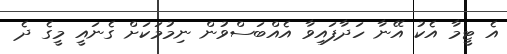
އެ ޓީމާ އެކު އޭނާ ހަދާފައިވާ އެއްބަސްވުން ނިމުމަކަށް ގެނައީ މީގެ ދެ